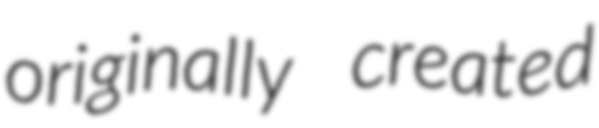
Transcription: originally created